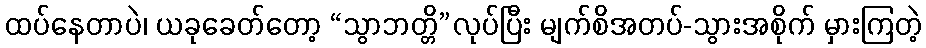
ထပ်နေတာပဲ၊ ယခုခေတ်တော့ “သွာဘတ္တိ”လုပ်ပြီး မျက်စိအတပ်-သွားအစိုက် မှားကြတဲ့